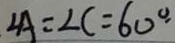
\angle A = \angle C = 6 0 ^ { \circ } \cdot